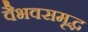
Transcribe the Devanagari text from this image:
वैभवसमृद्ध